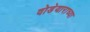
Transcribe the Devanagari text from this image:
वोडेयाराच्या